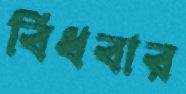
বিঁধবার